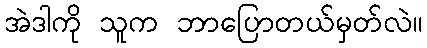
အဲဒါကို သူက ဘာပြောတယ်မှတ်လဲ။